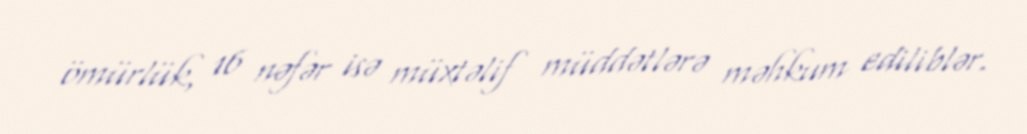
ömürlük, 16 nəfər isə müxtəlif müddətlərə məhkum ediliblər.